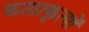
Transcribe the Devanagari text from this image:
कलाकृत्यों